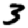
Digit: 3